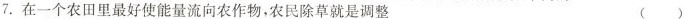
7.在一个农田里最好使能量流向农作物，农民除草就是调整 ()